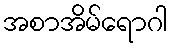
အစာအိမ်ရောဂါ